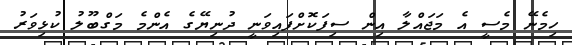
ހިމެނޭ މެސީ އެ މަޖައްލާ އިން ސިފަކޮށްފައިވަނީ ދުނިޔޭގެ އެންމެ މަގްބޫލު ކުޅިވަރު